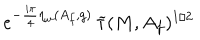
LaTeX: e ^ { - \frac { i \pi } { 4 } \eta _ { w } ( A _ { f } , g ) } \, \widetilde { \tau } ( M , A _ { f } ) ^ { 1 / 2 }